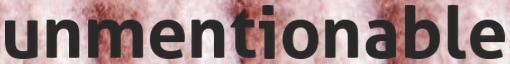
unmentionable